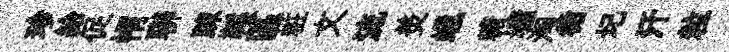
珍給促㡌聯踈鞵區粧文流羙蠟糖墉洶循圮汗粒